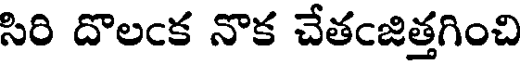
సిరి దొలఁక నొక చేతఁజిత్తగించి